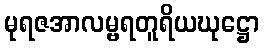
မုရဇအာလမ္ဗရတူရိယဃုဋ္ဌော